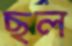
ছল